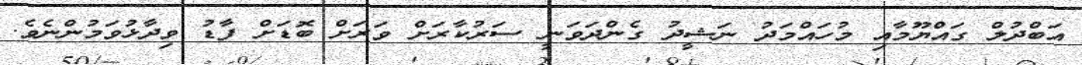
އަބްދުލް ގައްޔޫމާއި މުހައްމަދު ނަޝީދު ގެންދަވަނީ ސަރުކާރަށް ވަރަށް ބޮޑަށް ފާޑު ވިދާޅުވަމުންނެވެ.